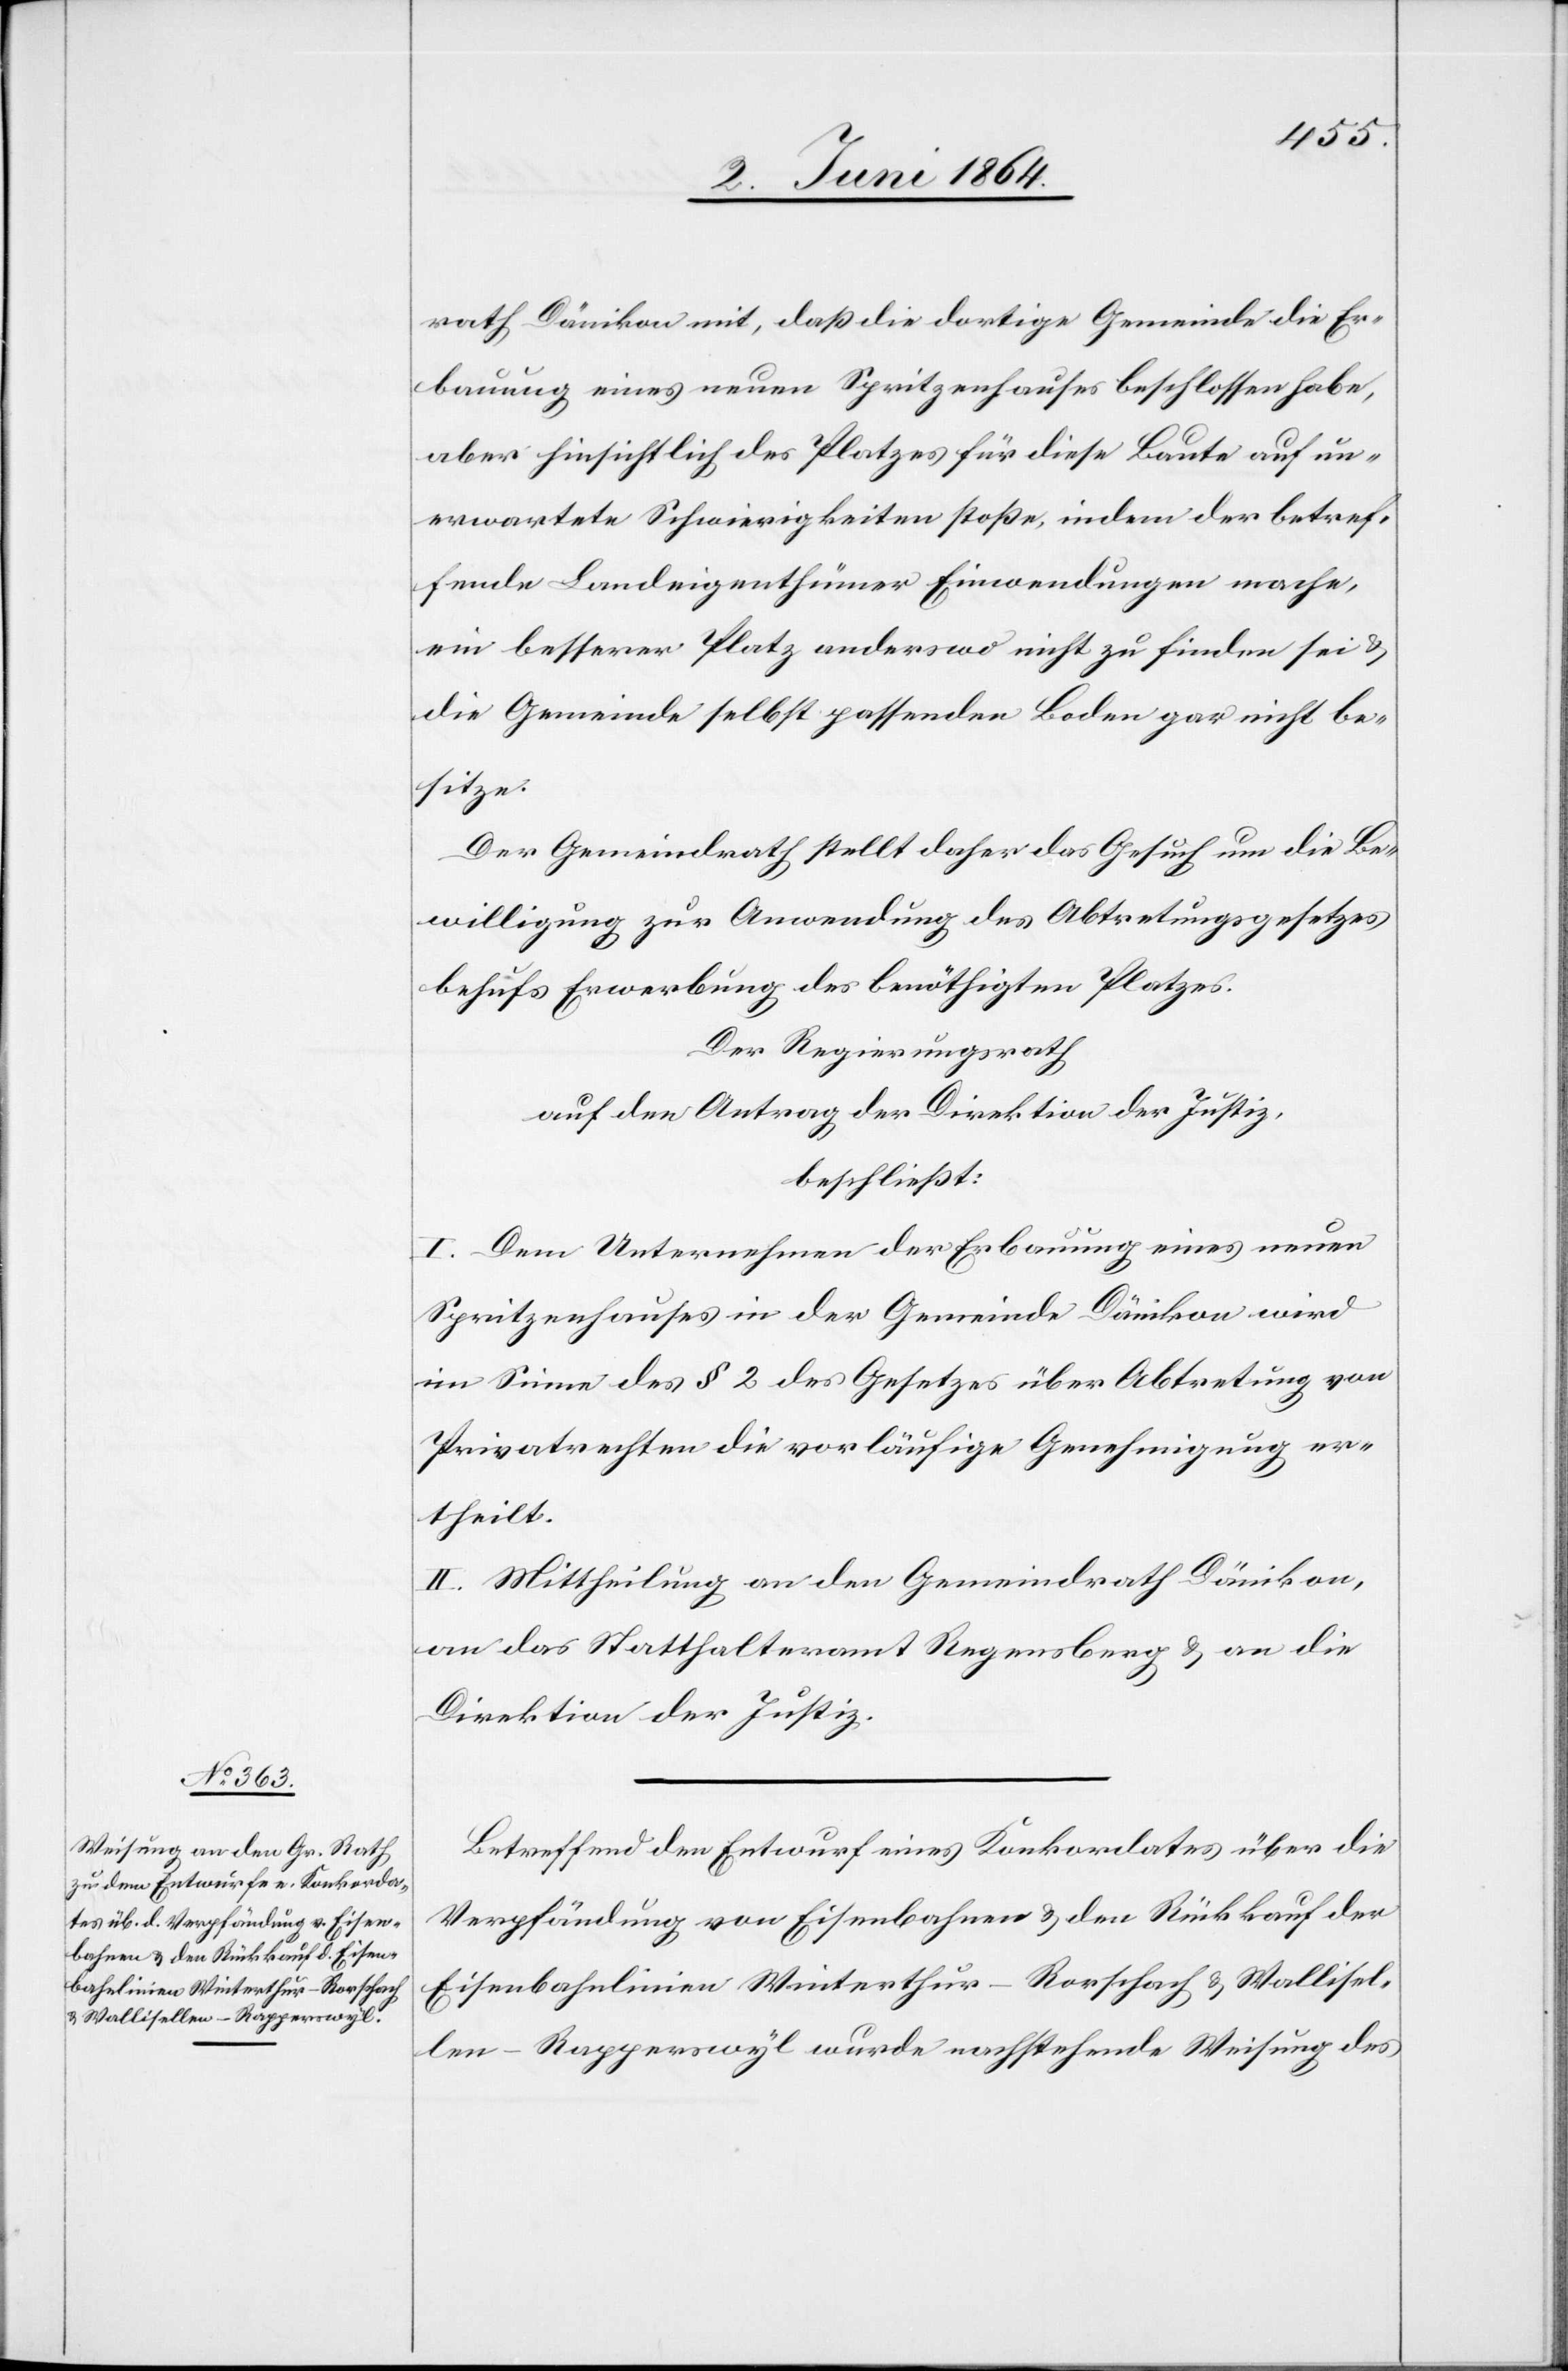
rath Dänikon mit, daß die dortige Gemeinde die Er¬
bauung eines neuen Spritzenhauses beschlossen habe,
aber hinsichtlich des Platzes für diese Baute auf un¬
erwartete Schwierigkeiten stoße, indem der betref¬
fende Landeigenthümer Einwendungen mache,
ein besserer Platz anderswo nicht zu finden sei u.
die Gemeinde selbst passenden Boden gar nicht be¬
sitze.
Der Gemeindrath stellt daher das Gesuch um die Be¬
willigung zur Anwendung des Abtretungsgesetzes
behufs Erwerbung des benöthigten Platzes.
Der Regierungsrath
auf den Antrag der Direktion der Justiz,
beschließt:
I. Dem Unternehmen der Erbauung eines neuen
Spritzenhauses in der Gemeinde Dänikon wird
im Sinne des § 2 des Gesetzes über Abtretung von
Privatrechten die vorläufige Genehmigung er¬
theilt.
II. Mittheilung an den Gemeindrath Dänikon,
an das Statthalteramt Regensberg u. an die
Direktion der Justiz.
Betreffend den Entwurf eines Konkordates über die
Verpfändung von Eisenbahnen u. den Rückkauf der
Eisenbahnlinien Winterthur–Rorschach u. Wallisel¬
len–Rapperswyl wurde nachstehende Weisung des